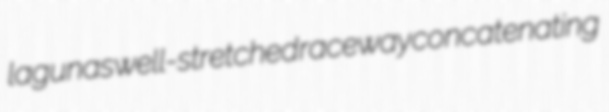
lagunas well-stretched raceway concatenating